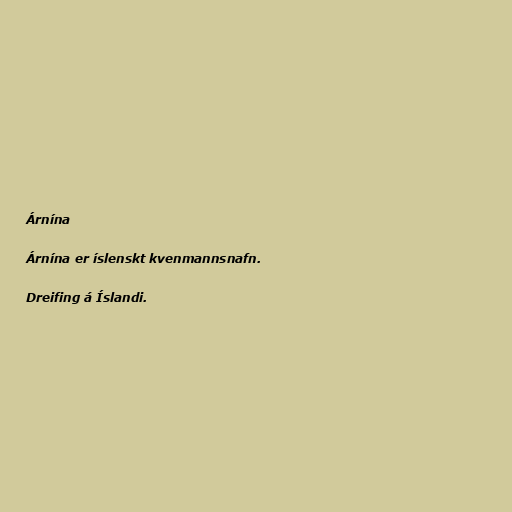
Árnína

Árnína er íslenskt kvenmannsnafn.

Dreifing á Íslandi.